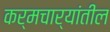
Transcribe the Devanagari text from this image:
कर्मचार्‍यांतील